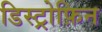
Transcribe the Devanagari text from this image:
डिस्ट्रोफ़िन